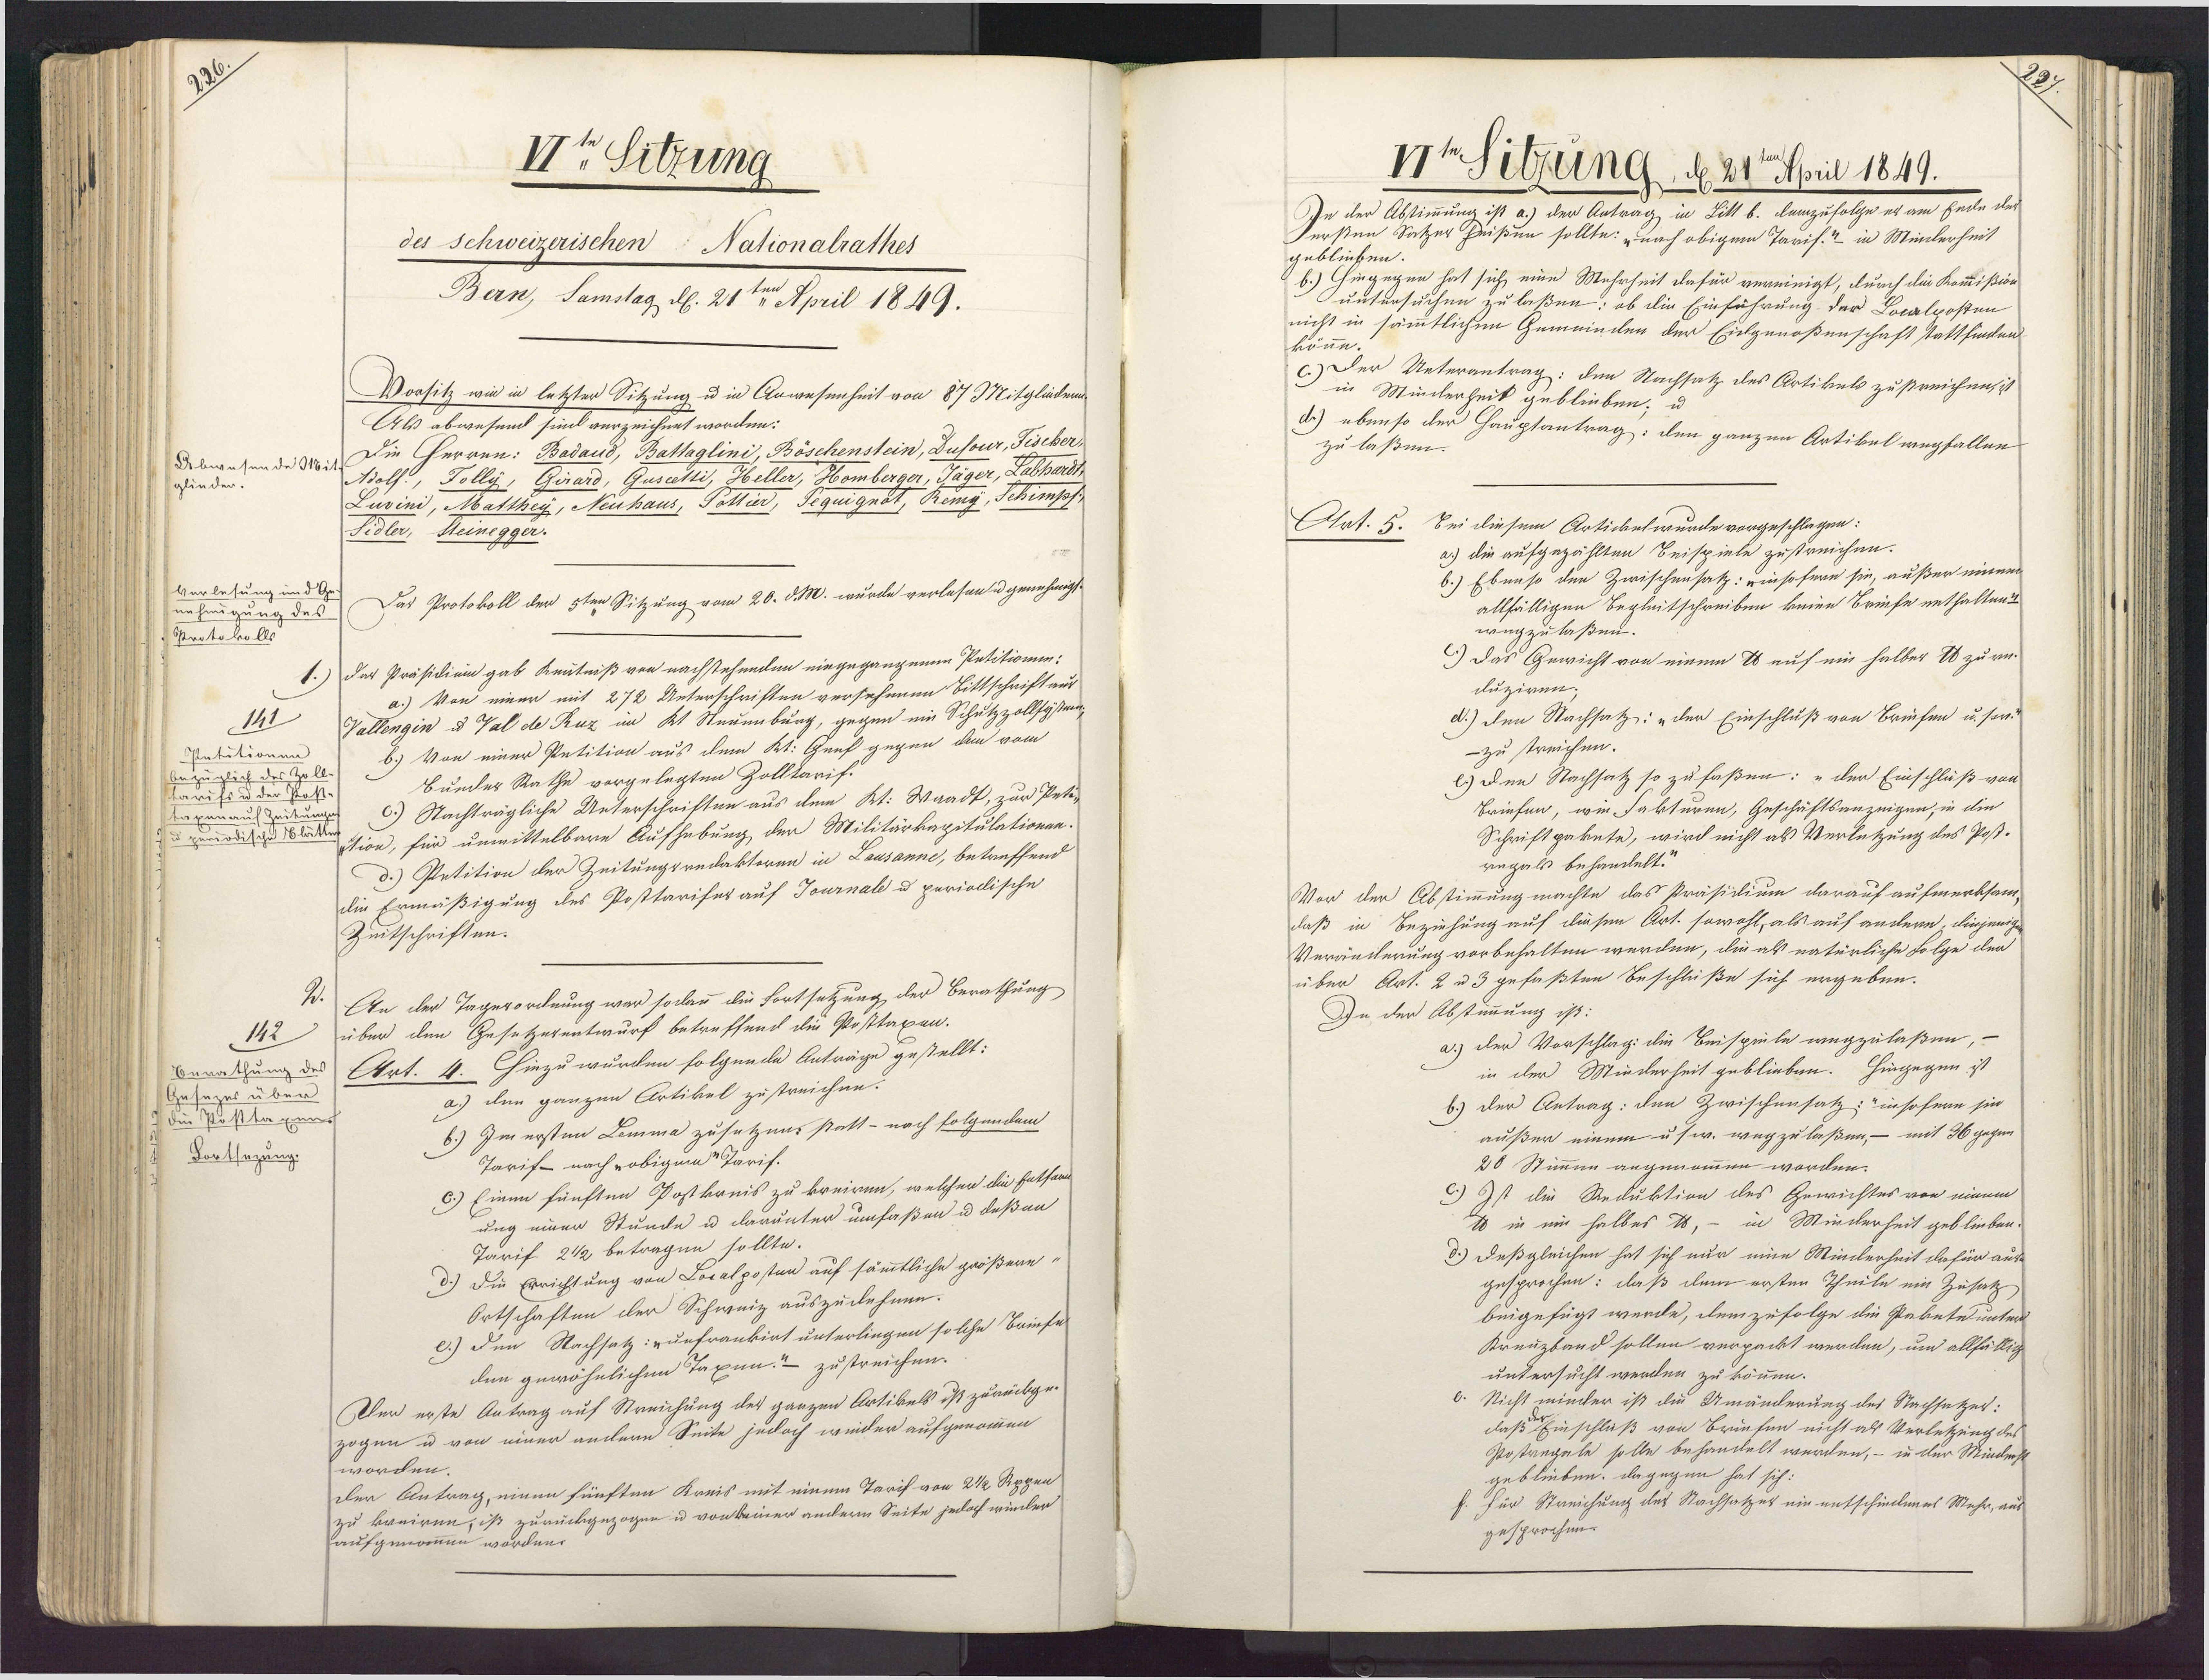
3
IIt Sitzung
des schweizerischen Nationalrathes
Bern, Samstag d. 21ten April 1849.
Vorsitz wie in letzter Sitzung u in Anwesenheit von 87 Mitglüden
Als abwesend sind verzeichnet worden:
Die Herren: Badaud, Battaglini, Böschenstein, Dusour, Fiscber¬
Debwesen de Mit Holf., Tolly, Girard, Guscetti, Heller, Homberger, Jäger, Labhardt
glinder.
Luvini, Matthey, Neuhaus, Pottier, Sequignöt, Remg, Schimpf
Sidler, Steinegger:
Verlesung und G
Das Protokoll der 5ten Sitzung vom 20. d M. wurde verlesen u genehmigt.
nehmigung des
Protokolls
das Präsidien gab Kenntniß von nachstehenden eingegangenen Petitionin:
a.) Von einer mit 272 Unterschriften versehenen Bittschrift aus
Vallengin d Val de Ruz im Kt Neuenburg, gegen ein Schutzzollfysten,
III
b.) Von einer Petition aus dem Kt: Gref gegen den vom
Petitionen
bezüglich des Zoll
Bunder Rathe vorgelegten Zolltarif.
tarifs u der Post.
c.) Nachträgliche Unterschriften aus dem Kt: Waadt, zur Peti-
taxenauf Zeitung
zemodische ttession, für unmittelbare Aufhebung der Militärkapitulationen.
d.) Petition der Zeitungsredaktoren in Lausanne, betreffend
die Ermäßigung des Posttarifes auf Journale u periollische
Zeitschriften.
An der Tagerordnung war sodann die Fortsetzung der Berathung
über den Gesetzerentwurf betreffend die Posttaxen-
142
Berathung des Art. 4. hinzu wurden folgende Anträge gestellt:
Gesezes über
a.) den ganzen Artikel zustreichen.
die Posttagen
6.) Im ersten Lemma zusetzens statt - noch folgendem
Dontsezung.
Tarif-nach robigem Taris.
Einen fünften Postkreis zu kreiren, welcher die Entsan
ung einer Stunde u darunter umfaßen u deßen
Tarif 21/2 betragen sollte.
3.) Die Errichtung von Localposten auf sämmtliche größere-
Ortschaften der Schweiz auszudehmen.
e.) Den Nachsatz: vunfrankirt unterlingen solche Briefe
den gewöhnlichen Taxen.- zustreichen.
Dler erste Antrag auf Streichung des ganzen Artikels ist zurückge¬
zogen u von einer andern Seite jedoch wiider aufgenommen
worden.
Der Antrag, einen fünften Kreis mit einem Tarif von 2 1/2 Rppen
zu kreiren, ist zurückgezogen u von keiner andern Seite jedoch wieder
aufgenommen worden.

It Sitzung, d. 21te April 1849.
In der Abstimmung ist a.) der Antrag in Litt b. damzufolge er am Ende des
Fersten Satzer heißen sollte: „nach obigem Tarif. ? in Minlerheit
geblieben.
E.) Hingegen hat sich eine Mehrheit dafür vereinigt, durch die Kommißion
untersuchen zu laßen: ob die Einführung der Localposten
nicht in sämmtlichen Gemeinden der Eilgenoßenschaft stattfinden
könne.
) Der Unterantrag: den Nachsatz des Artikels zustreichen, ist
in Minderheit geblieben; u.
d.) ebenso der Hauptantrag: den ganzen Artikel wegfallen
zu laßen.
Art. 5.
Bei diesem Artickelwurde vorgeschlagen:
a.) die aufgezählten Beispiele zustreichen.
b.) Ebnnso den Zwischensatz: einsofern sie, außer einnes
allfälligen Begleitschreiben keine Briefe enthalten?
wugzulaßen.
) Das Gewicht von einem E auf ein halber U zurei
duziren.
d.) den Nachsatz: „der Einschluß von Briefen u. sen?
-zu treichen.
e) Den Nachsatz so zufaßen: „der Einschluß von
Briefen, wie Fakturen, Geschäftsanzeigen, in die
Schriftpaknte, wird nicht als Verletzung des Post.
rngals behandelt.
Vor der Abstimmung machte das Präsidium darauf aufmerksam¬
daß in Beziehung auf diesen Art. sowohl, als auf andern, dinjenigen
Veränderung vorbehalten werden, die als natürliche Folge der
über Art. 2 u 3 gefaßten Beschlüße sich ergeben.
In der Abstimmung ist:
a) der Vorschlag: die Beispiele wegzulaßen, -
in der Minderheit geblieben. Hingegen ist
b.) der Antrag: den Zwischensatz; insofern sin
außer einem u sw. wegzulaßen, – mit 36 gegen
20 Stimmen angenommen worden.
c) Ist die Reduktion des Gewichtes von maem
Es in ein halbes H, - in Minderheit geblieben.
d.) Deßgleichen hat sich nur eine Minderheit dafür aus
gesprochen: daß dem ersten Theile ein Zusatz,
beigefügt werde, dem zufolge die Pakete unter¬
Kreuzband sollen verpackt werden, um allfällig
untersucht werden zu können.
c. Nicht minder ist die Umänderung des Nachsetzer:
daß Einschluß von Briefen nicht als Verletzung des
Postregele solle behandelt werden, – in der Mindecht
geblieben. Dagegen hat sich:
für Streichung des Nachsatzer ein entschiedenes Mehr, aus
gesprochen.